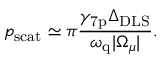
p _ { \mathrm { s c a t } } \simeq \pi \frac { \gamma _ { \mathrm { 7 p } } \Delta _ { \mathrm { D L S } } } { \omega _ { \mathrm { q } } | \Omega _ { \mu } | } .